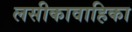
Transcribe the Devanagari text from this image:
लसीकावाहिका